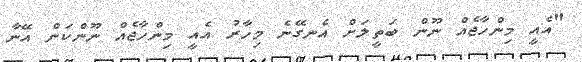
"އެއީ މިންހާޖެއް ނޫން ބަތީލަށް އެނގޭނެ މިހާރު އެއީ މިންހާޖެއް ނޫންކަން އޭނާ